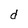
Character: d